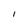
Character: I